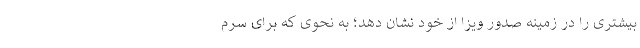
بیشتری را در زمینه صدور ویزا از خود نشان دهد؛ به نحوی که برای سرم